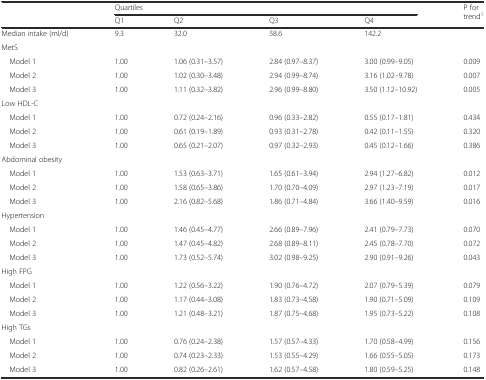
<table><thead><tr><td></td><td colspan="4"><b>Quartiles</b></td><td rowspan="2"><b>P for trend<sup>1</sup></b></td></tr><tr><td></td><td><b>Q1</b></td><td><b>Q2</b></td><td><b>Q3</b></td><td><b>Q4</b></td></tr></thead><tbody><tr><td>Median intake (ml/d)</td><td>9.3</td><td>32.0</td><td>58.6</td><td>142.2</td><td></td></tr><tr><td>MetS</td><td></td><td></td><td></td><td></td><td></td></tr><tr><td> Model 1</td><td>1.00</td><td>1.06 (0.31–3.57)</td><td>2.84 (0.97–8.37)</td><td>3.00 (0.99–9.05)</td><td>0.009</td></tr><tr><td> Model 2</td><td>1.00</td><td>1.02 (0.30–3.48)</td><td>2.94 (0.99–8.74)</td><td>3.16 (1.02–9.78)</td><td>0.007</td></tr><tr><td> Model 3</td><td>1.00</td><td>1.11 (0.32–3.82)</td><td>2.96 (0.99–8.80)</td><td>3.50 (1.12–10.92)</td><td>0.005</td></tr><tr><td>Low HDL-C</td><td></td><td></td><td></td><td></td><td></td></tr><tr><td> Model 1</td><td>1.00</td><td>0.72 (0.24–2.16)</td><td>0.96 (0.33–2.82)</td><td>0.55 (0.17–1.81)</td><td>0.434</td></tr><tr><td> Model 2</td><td>1.00</td><td>0.61 (0.19–1.89)</td><td>0.93 (0.31–2.78)</td><td>0.42 (0.11–1.55)</td><td>0.320</td></tr><tr><td> Model 3</td><td>1.00</td><td>0.65 (0.21–2.07)</td><td>0.97 (0.32–2.93)</td><td>0.45 (0.12–1.66)</td><td>0.386</td></tr><tr><td>Abdominal obesity</td><td></td><td></td><td></td><td></td><td></td></tr><tr><td> Model 1</td><td>1.00</td><td>1.53 (0.63–3.71)</td><td>1.65 (0.61–3.94)</td><td>2.94 (1.27–6.82)</td><td>0.012</td></tr><tr><td> Model 2</td><td>1.00</td><td>1.58 (0.65–3.86)</td><td>1.70 (0.70–4.09)</td><td>2.97 (1.23–7.19)</td><td>0.017</td></tr><tr><td> Model 3</td><td>1.00</td><td>2.16 (0.82–5.68)</td><td>1.86 (0.71–4.84)</td><td>3.66 (1.40–9.59)</td><td>0.016</td></tr><tr><td>Hypertension</td><td></td><td></td><td></td><td></td><td></td></tr><tr><td> Model 1</td><td>1.00</td><td>1.46 (0.45–4.77)</td><td>2.66 (0.89–7.96)</td><td>2.41 (0.79–7.73)</td><td>0.070</td></tr><tr><td> Model 2</td><td>1.00</td><td>1.47 (0.45–4.82)</td><td>2.68 (0.89–8.11)</td><td>2.45 (0.78–7.70)</td><td>0.072</td></tr><tr><td> Model 3</td><td>1.00</td><td>1.73 (0.52–5.74)</td><td>3.02 (0.98–9.25)</td><td>2.90 (0.91–9.26)</td><td>0.043</td></tr><tr><td>High FPG</td><td></td><td></td><td></td><td></td><td></td></tr><tr><td> Model 1</td><td>1.00</td><td>1.22 (0.56–3.22)</td><td>1.90 (0.76–4.72)</td><td>2.07 (0.79–5.39)</td><td>0.079</td></tr><tr><td> Model 2</td><td>1.00</td><td>1.17 (0.44–3.08)</td><td>1.83 (0.73–4.58)</td><td>1.90 (0.71–5.09)</td><td>0.109</td></tr><tr><td> Model 3</td><td>1.00</td><td>1.21 (0.48–3.21)</td><td>1.87 (0.75–4.68)</td><td>1.95 (0.73–5.22)</td><td>0.108</td></tr><tr><td>High TGs</td><td></td><td></td><td></td><td></td><td></td></tr><tr><td> Model 1</td><td>1.00</td><td>0.76 (0.24–2.38)</td><td>1.57 (0.57–4.33)</td><td>1.70 (0.58–4.99)</td><td>0.156</td></tr><tr><td> Model 2</td><td>1.00</td><td>0.74 (0.23–2.33)</td><td>1.53 (0.55–4.29)</td><td>1.66 (0.55–5.05)</td><td>0.173</td></tr><tr><td> Model 3</td><td>1.00</td><td>0.82 (0.26–2.61)</td><td>1.62 (0.57–4.58)</td><td>1.80 (0.59–5.25)</td><td>0.148</td></tr></tbody></table>